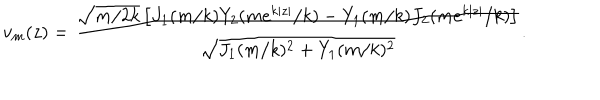
v _ { m } ( z ) = \frac { \sqrt { m / 2 k } \left[ J _ { 1 } ( m / k ) Y _ { 2 } ( m e ^ { k | z | } / k ) - Y _ { 1 } ( m / k ) J _ { 2 } ( m e ^ { k | z | } / k ) \right] } { \sqrt { J _ { 1 } ( m / k ) ^ { 2 } + Y _ { 1 } ( m / k ) ^ { 2 } } } .